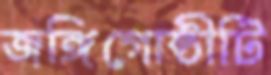
জঙ্গিগোষ্ঠীটি